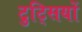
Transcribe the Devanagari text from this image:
टुट्सियों